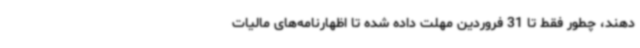
دهند، چطور فقط تا 31 فروردین مهلت داده شده تا اظهارنامه‌های مالیات